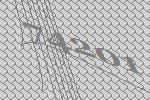
74201